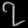
Digit: ၇